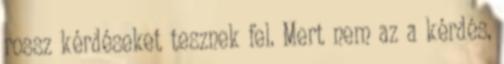
rossz kérdéseket tesznek fel. Mert nem az a kérdés,